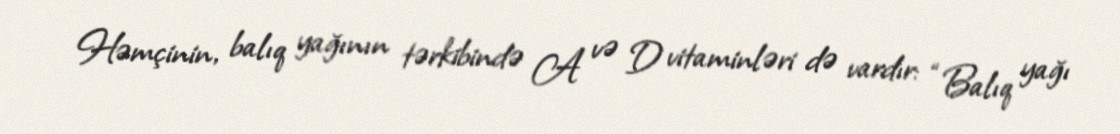
Həmçinin, balıq yağının tərkibində A və D vitaminləri də vardır: “Balıq yağı